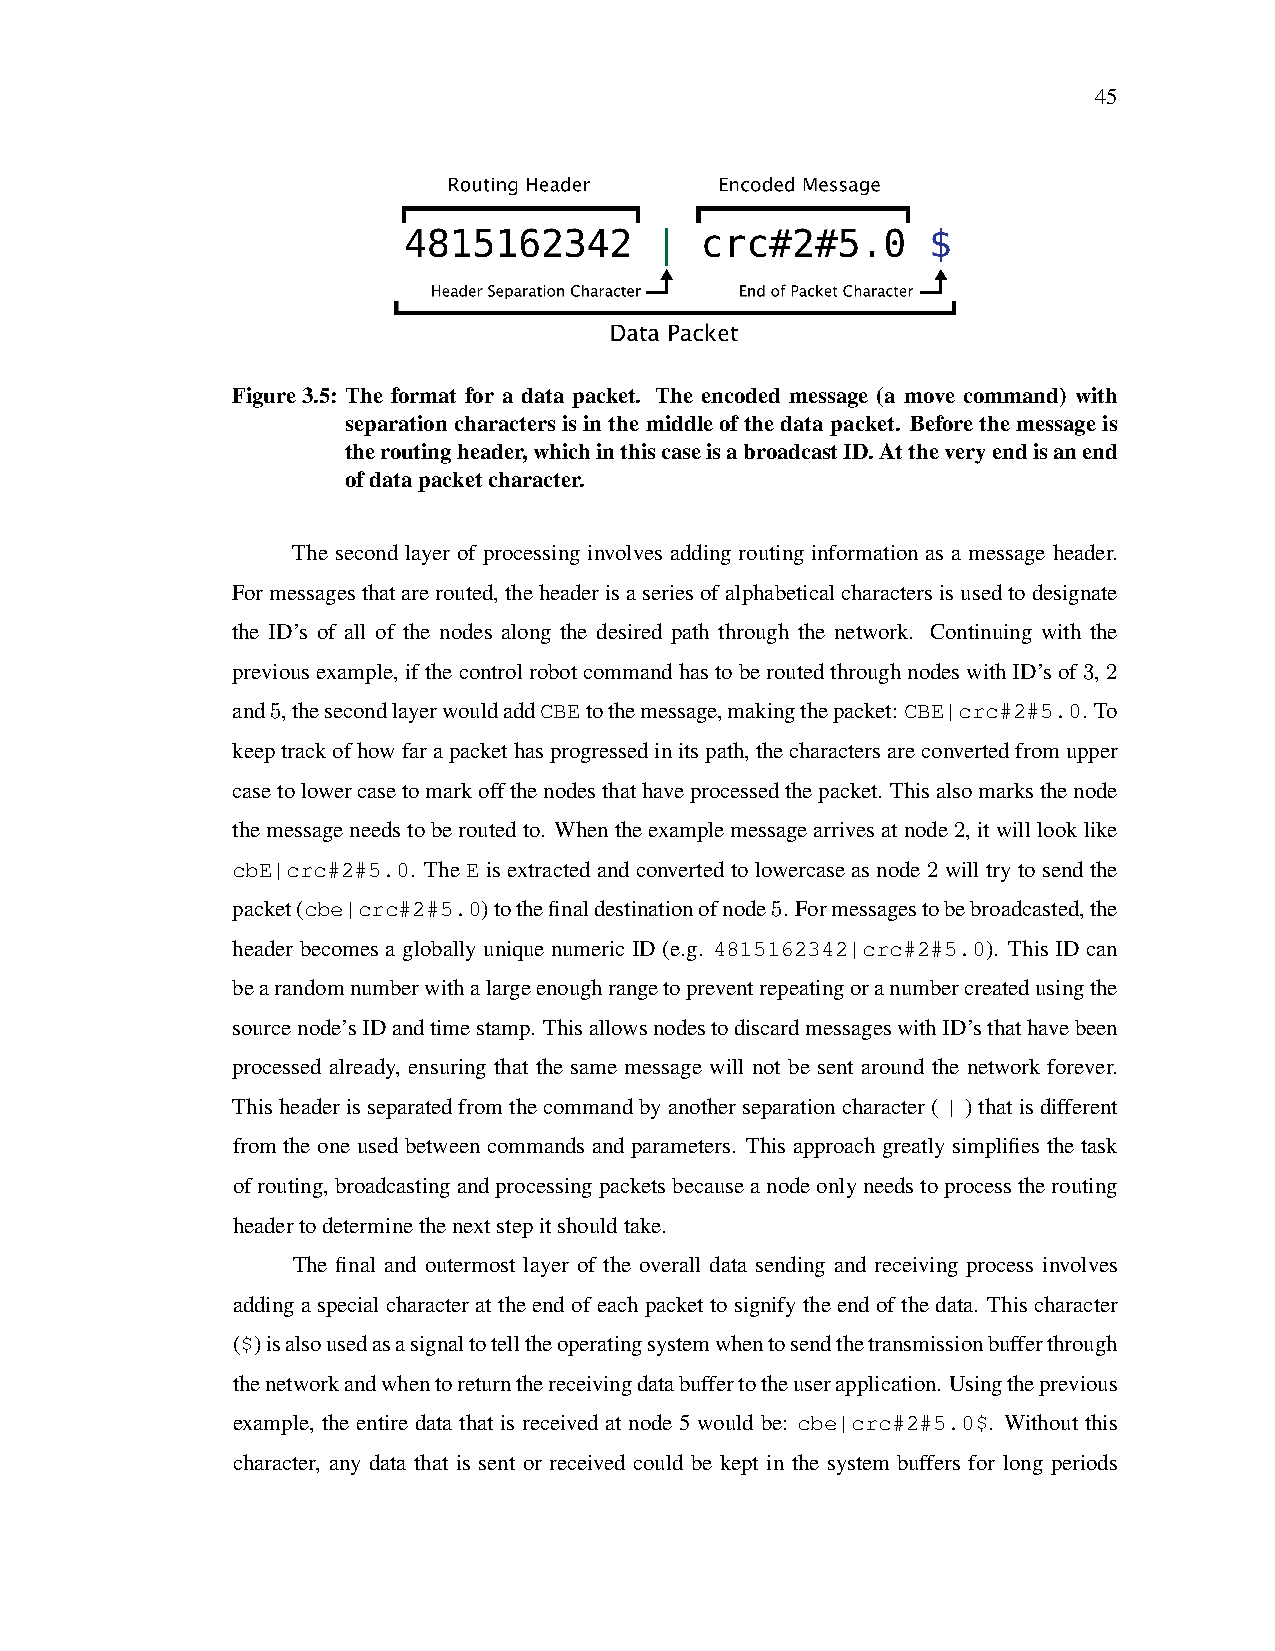
45
 Figure3.5: The format for a data packet. The encoded message (a move command) with
 separation characters is in the middle of the data packet. Before the message is
 theroutingheader,whichinthiscaseisabroadcastID.Attheveryendisanend
 ofdatapacketcharacter.
 The second layer of processing involves adding routing information as a message header.
 Formessagesthatarerouted,theheaderisaseriesofalphabeticalcharactersisusedtodesignate
 the ID’s of all of the nodes along the desired path through the network. Continuing with the
 previousexample,ifthecontrolrobotcommandhastoberoutedthroughnodeswithID’sof3,2
 and5,thesecondlayerwouldaddCBEtothemessage,makingthepacket: CBE|crc#2#5.0. To
 keeptrackofhowfarapackethasprogressedinitspath,thecharactersareconvertedfromupper
 casetolowercasetomarkoffthenodesthathaveprocessedthepacket. Thisalsomarksthenode
 themessageneedstoberoutedto. Whentheexamplemessagearrivesatnode2,itwilllooklike
 cbE|crc#2#5.0. The E is extracted and converted to lowercase as node 2 will try to send the
 packet(cbe|crc#2#5.0)tothefinaldestinationofnode5. Formessagestobebroadcasted,the
 header becomes a globally unique numeric ID (e.g. 4815162342|crc#2#5.0). This ID can
 bearandomnumberwithalargeenoughrangetopreventrepeatingoranumbercreatedusingthe
 sourcenode’sIDandtimestamp. ThisallowsnodestodiscardmessageswithID’sthathavebeen
 processed already, ensuring that the same message will not be sent around the network forever.
 Thisheaderisseparatedfromthecommandbyanotherseparationcharacter(|)thatisdifferent
 from the one used between commands and parameters. This approach greatly simplifies the task
 ofrouting,broadcastingandprocessingpacketsbecauseanodeonlyneedstoprocesstherouting
 headertodeterminethenextstepitshouldtake.
 The final and outermost layer of the overall data sending and receiving process involves
 addinga specialcharacterattheend ofeachpacket tosignifytheend ofthedata. Thischaracter
 ($)isalsousedasasignaltotelltheoperatingsystemwhentosendthetransmissionbufferthrough
 thenetworkandwhentoreturnthereceivingdatabuffertotheuserapplication. Usingtheprevious
 example, the entire data that is received at node 5 would be: cbe|crc#2#5.0$. Without this
 character, any data that is sent or received could be kept in the system buffers for long periods